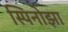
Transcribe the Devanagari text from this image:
स्पिनोझा